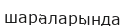
шараларында